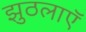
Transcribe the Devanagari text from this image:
झुठलाएॅ